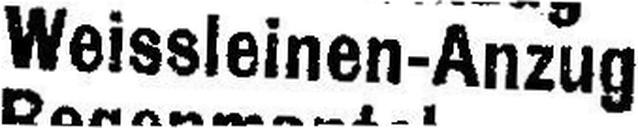
Weissleinen-Anzug